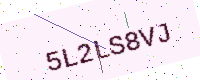
Text: 5L2LS8VJ